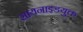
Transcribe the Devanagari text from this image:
सायनाइडयुक्त